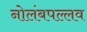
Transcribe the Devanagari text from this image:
नोलंबपल्लव